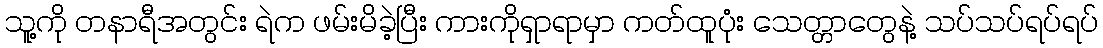
သူ့ကို တနာရီအတွင်း ရဲက ဖမ်းမိခဲ့ပြီး ကားကိုရှာရာမှာ ကတ်ထူပုံး သေတ္တာတွေနဲ့ သပ်သပ်ရပ်ရပ်